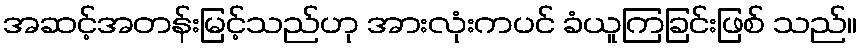
အဆင့်အတန်းမြင့်သည်ဟု အားလုံးကပင် ခံယူကြခြင်းဖြစ် သည်။